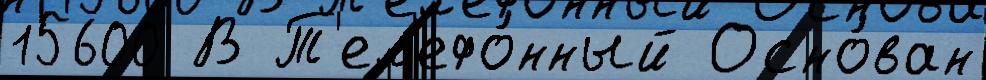
15600 В Т'ел'ефо́нный Осно́ван